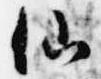
仙